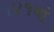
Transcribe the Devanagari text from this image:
१४१वां